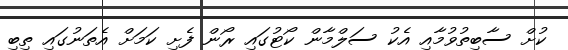
ކުށް ސާބިތުވުމާއި އެކު ސަލްމާން ކޯޓުގައި ރޯން ފެށި ކަމަށް އެތަނުގައި ތިބި